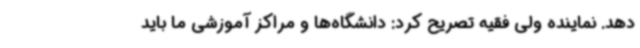
دهد. نماینده ولی فقیه تصریح کرد: دانشگاه‌ها و مراکز آموزشی ما باید